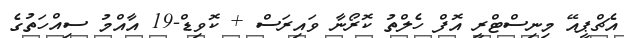
އެޗްޕީއޭ މިނިސްޓްރީ އޮފް ހެލްތު ކޮރޯނާ ވައިރަސް + ކޮވިޑް-19 އާއްމު ސިއްހަތުގެ